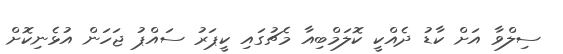
ސިލްވާ އަށް ކާޑު ދެއްކީ ކޮލަމްބިއާ މެޗުގައި ކީޕަރު ސައްޕު ޖަހަން އުޅެނިކޮށް